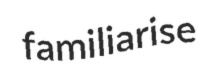
familiarise